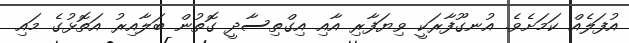
އުފަލެއް ކަމަށެވެ. އުނގޫފާރަކީ ވިޔަފާރި އާއި އިގްތިސާދީ ގޮތުން ބަލާއިރު އަތޮޅުގެ މައި